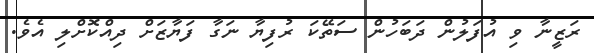
ރަޒީނާ ވި އުފަލުން ދަބަހުން ސަތޭކަ ރުފިޔާ ނަގާ ފަޔާޒަށް ދިއްކޮށްލި އެވެ.